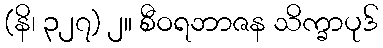
(နိ၊ ၃၂၇) ၂။ စီဝရဘာဇန သိက္ခာပုဒ်